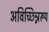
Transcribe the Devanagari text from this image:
अविच्छिन्नरूप